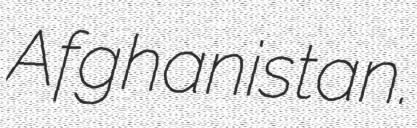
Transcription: Afghanistan.